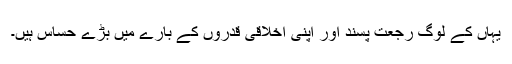
یہاں کے لوگ رجعت پسند اور اپنی اخلاقی قدروں کے بارے میں بڑے حساس ہیں۔